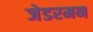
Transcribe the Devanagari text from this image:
जेडरमन